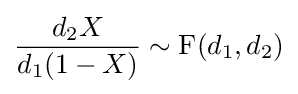
{\frac {d_{2}X}{d_{1}(1-X)}}\sim \operatorname {F} (d_{1},d_{2})